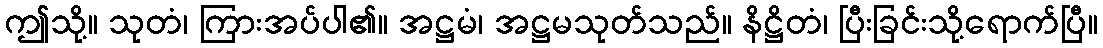
ဤသို့။ သုတံ၊ ကြားအပ်ပါ၏။ အဋ္ဌမံ၊ အဋ္ဌမသုတ်သည်။ နိဋ္ဌိတံ၊ ပြီးခြင်းသို့ရောက်ပြီ။